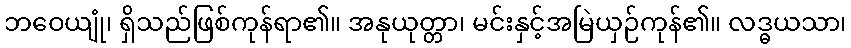
ဘဝေယျုံ၊ ရှိသည်ဖြစ်ကုန်ရာ၏။ အနုယုတ္တာ၊ မင်းနှင့်အမြဲယှဉ်ကုန်၏။ လဒ္ဓယသာ၊